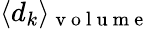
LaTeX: \langle d_{k}\rangle_{\mathrm{~v~o~l~u~m~e~}}